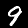
Digit: 9